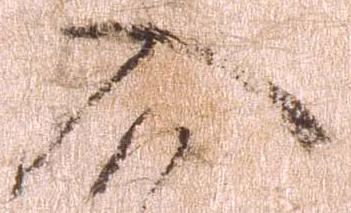
入